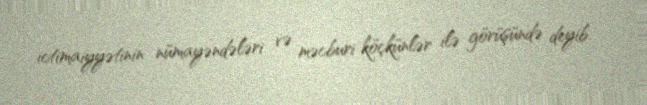
ictimaiyyətinin nümayəndələri və məcburi köçkünlər ilə görüşündə deyib.